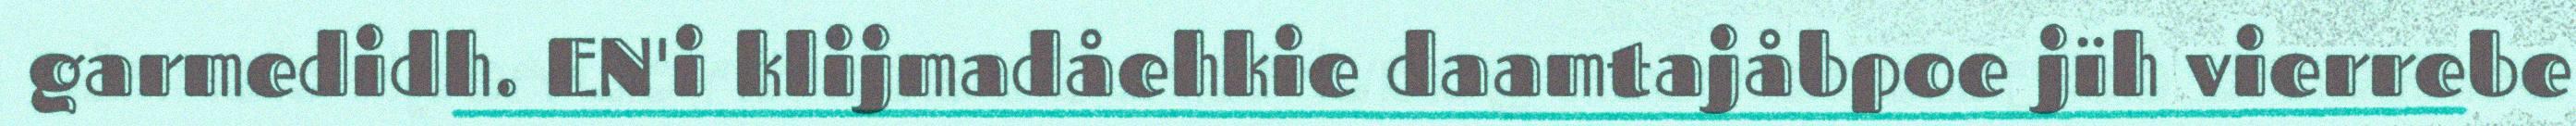
garmedidh. EN'i klijmadåehkie daamtajåbpoe jïh vierrebe